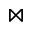
\bowtie